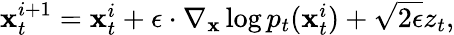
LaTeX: \begin{array}{r}{\mathbf{x}_{t}^{i+1}=\mathbf{x}_{t}^{i}+\epsilon\cdot\nabla_{\mathbf{x}}\log p_{t}(\mathbf{x}_{t}^{i})+\sqrt{2\epsilon}z_{t},}\end{array}